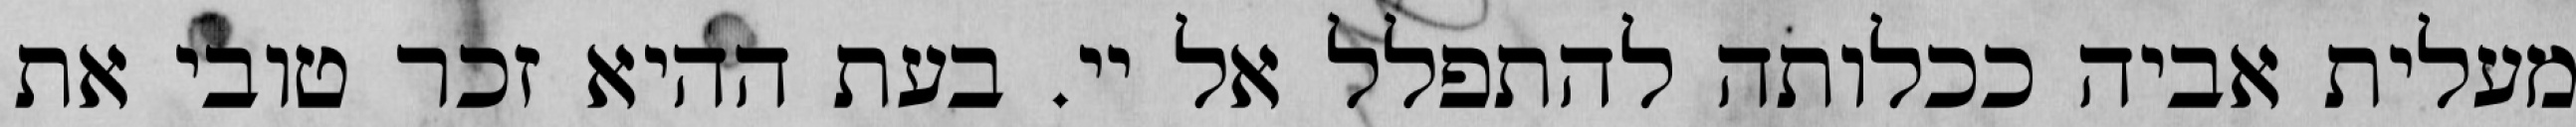
מעלית אביה ככלותה להתפלל אל יי. בעת ההיא זכר טובי את